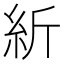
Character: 紤